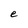
Character: e